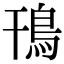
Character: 鳱